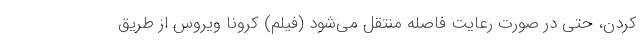
کردن، حتی در صورت رعایت فاصله منتقل می‌شود (فیلم) کرونا ویروس از طریق